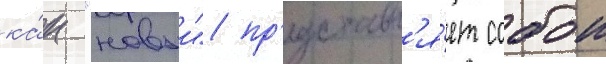
ка́к "новыи" пр'едставл'я́ет собои